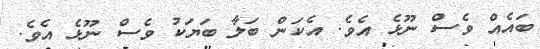
ބައެއް ވެސް ނޫޅެ އެވެ. އެކަން ބަލާ ބަޔަކު ވެސް ނޫޅެ އެވެ.